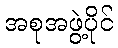
အစုအဖွဲ့ပိုင်